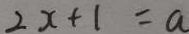
2 x + 1 = a